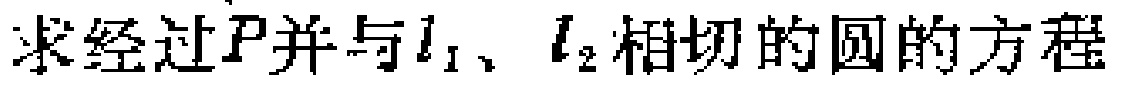
求经过$P$并与$l_{1}$、$l_{2}$相切的圆的方程